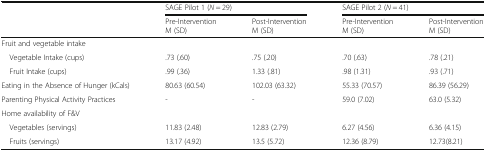
<table><thead><tr><td rowspan="2"></td><td colspan="2"><b>SAGE Pilot 1 (<i>N</i> = 29)</b></td><td colspan="2"><b>SAGE Pilot 2 (<i>N</i> = 41)</b></td></tr><tr><td><b>Pre-InterventionM (SD)</b></td><td><b>Post-InterventionM (SD)</b></td><td><b>Pre-InterventionM (SD)</b></td><td><b>Post-InterventionM (SD)</b></td></tr></thead><tbody><tr><td colspan="5">Fruit and vegetable intake</td></tr><tr><td> Vegetable Intake (cups)</td><td>.73 (.60)</td><td>.75 (.20)</td><td>.70 (.63)</td><td>.78 (.21)</td></tr><tr><td> Fruit Intake (cups)</td><td>.99 (.36)</td><td>1.33 (.81)</td><td>.98 (1.31)</td><td>.93 (.71)</td></tr><tr><td>Eating in the Absence of Hunger (kCals)</td><td>80.63 (60.54)</td><td>102.03 (63.32)</td><td>55.33 (70.57)</td><td>86.39 (56.29)</td></tr><tr><td>Parenting Physical Activity Practices</td><td>-</td><td>-</td><td>59.0 (7.02)</td><td>63.0 (5.32)</td></tr><tr><td colspan="5">Home availability of F&amp;V</td></tr><tr><td> Vegetables (servings)</td><td>11.83 (2.48)</td><td>12.83 (2.79)</td><td>6.27 (4.56)</td><td>6.36 (4.15)</td></tr><tr><td> Fruits (servings)</td><td>13.17 (4.92)</td><td>13.5 (5.72)</td><td>12.36 (8.79)</td><td>12.73(8.21)</td></tr></tbody></table>